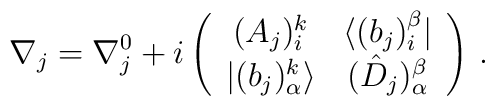
\nabla_{j} = \nabla^{0}_{j} + i \left( \begin{array}{cc}(A_{j})^{k}_{i} &  \langle (b_{j})_{i}^{\beta} | \\ | (b_{j})^{k}_{\alpha}\rangle &  (\hat D_{j})_{\alpha}^{ \beta}\end{array} \right) \, .